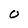
Character: O